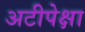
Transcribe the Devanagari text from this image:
अटीपेक्षा